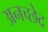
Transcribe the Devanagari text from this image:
अनच्छेद